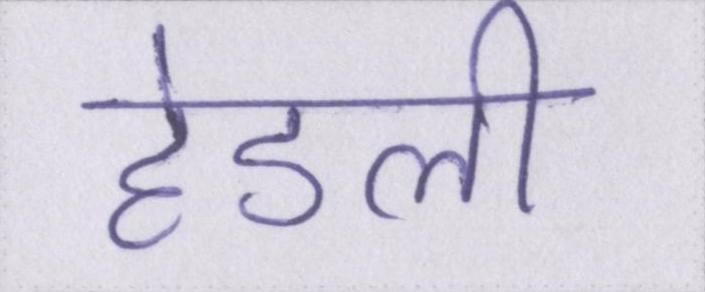
हेडली